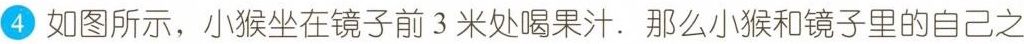
4 如图所示，小猴坐在镜子前3米处喝果汁.那么小猴和镜子里的自己之